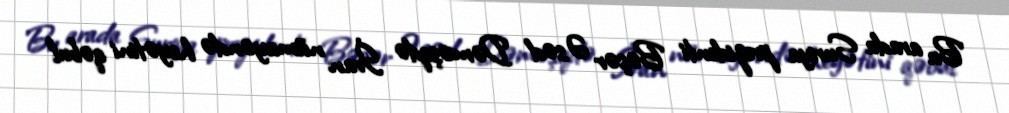
Bu arada Suriya prezidenti Bəşər Əsəd Dəməşqdə İran nümayəndə heyətini qəbul